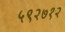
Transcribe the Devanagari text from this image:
५९२७१२